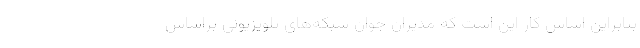
بنابراین اساس کار این است که مدیران جوان شبکه‌های تلویزیونی براساس